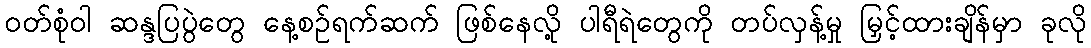
ဝတ်စုံဝါ ဆန္ဒပြပွဲတွေ နေ့စဉ်ရက်ဆက် ဖြစ်နေလို့ ပါရီရဲတွေကို တပ်လှန့်မှု မြှင့်ထားချိန်မှာ ခုလို